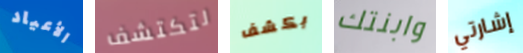
الأعياد لتكتشف بكشف وابنتك إشارتي